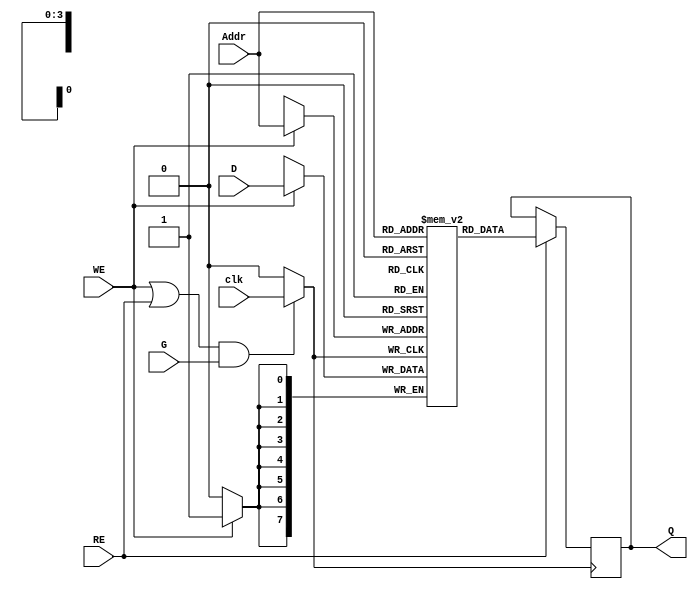
module MemoryBlock (
    input wire [7:0] D,       // Data Input
    input wire [3:0] Addr,    // Address Input
    input wire WE,            // Write Enable
    input wire RE,            // Read Enable
    input wire clk,           // Main Clock
    input wire G,             // Gating Signal
    output reg [7:0] Q        // Data Output
);

    // Memory array declaration (e.g., 16x8 SRAM)
    reg [7:0] memory [15:0];

    // Clock gating logic
    wire gated_clk;
    assign gated_clk = (WE || RE) && G ? clk : 1'b0; // Gated clock is active if we are writing or reading

    // Write logic
    always @(posedge gated_clk) begin
        if (WE) begin
            memory[Addr] <= D; // Write data to memory
        end
    end

    // Read logic
    always @(posedge gated_clk) begin
        if (RE) begin
            Q <= memory[Addr]; // Read data from memory
        end
    end

    // Optional: Add an output for the clock gating debug if needed
    // output reg debug_gated_clk;
    // always @(posedge clk) begin
    //    debug_gated_clk <= gated_clk;
    // end

endmodule